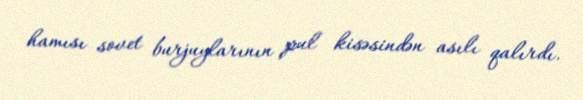
hamısı sovet burjuylarının pul kisəsindən asılı qalırdı.